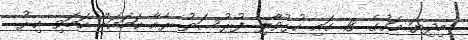
މިދިޔަ މަހުގެ 18 ގައި ހުޅުވާލި ފުރުސަތު ރެެއާ ހަމައަށް ހަމަވި އިރު